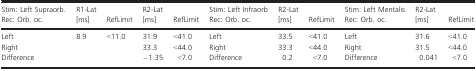
<table><thead><tr><td><b>Stim: Left Supraorb. Rec: Orb. oc.</b></td><td><b>R1‐Lat [ms]</b></td><td><b>RefLimit</b></td><td><b>R2‐Lat [ms]</b></td><td><b>RefLimit</b></td><td><b>Stim: Left Infraorb Rec: Orb. oc.</b></td><td><b>R2‐Lat [ms]</b></td><td><b>RefLimit</b></td><td><b>Stim: Left Mentalis Rec: Orb. oc.</b></td><td><b>R2‐Lat [ms]</b></td><td><b>RefLimit</b></td></tr></thead><tbody><tr><td>Left</td><td>8.9</td><td>&lt;11.0</td><td>31.9</td><td>&lt;41.0</td><td>Left</td><td>33.5</td><td>&lt;41.0</td><td>Left</td><td>31.6</td><td>&lt;41.0</td></tr><tr><td>Right</td><td></td><td></td><td>33.3</td><td>&lt;44.0</td><td>Right</td><td>33.3</td><td>&lt;44.0</td><td>Right</td><td>31.5</td><td>&lt;44.0</td></tr><tr><td>Difference</td><td></td><td></td><td>−1.35</td><td>&lt;7.0</td><td>Difference</td><td>0.2</td><td>&lt;7.0</td><td>Difference</td><td>0.041</td><td>&lt;7.0</td></tr></tbody></table>